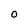
Character: 0